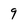
Character: 9